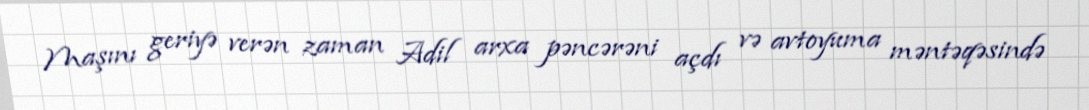
Maşını geriyə verən zaman Adil arxa pəncərəni açdı və avtoyuma məntəqəsində